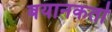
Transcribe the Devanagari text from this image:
बयानकर्ता